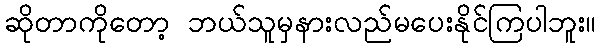
ဆိုတာကိုတော့ ဘယ်သူမှနားလည်မပေးနိုင်ကြပါဘူး။